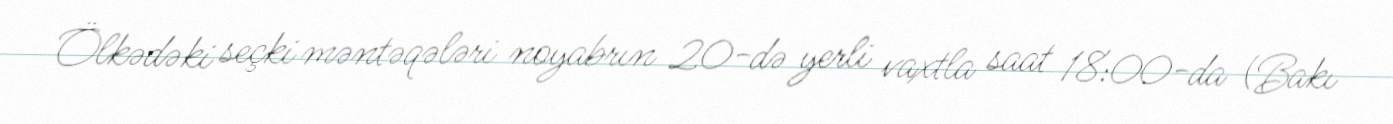
Ölkədəki seçki məntəqələri noyabrın 20-də yerli vaxtla saat 18:00-da (Bakı